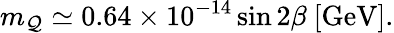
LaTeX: m_{\mathcal{Q}}\simeq0.64\times10^{-14}\sin2\beta\ \mathrm{{[GeV]}}.